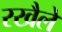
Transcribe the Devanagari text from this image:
रखैले